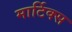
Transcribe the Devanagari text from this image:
मार्टिक्स